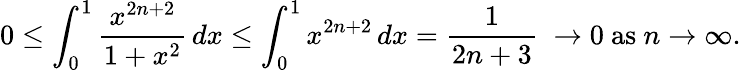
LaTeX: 0\leq\int_{0}^{1}{\frac{x^{2n+2}}{1+x^{2}}}\, dx\leq\int_{0}^{1}x^{2n+2}\, dx={\frac{1}{2n+3}}\; \rightarrow 0{\mathrm{~as~}}n\rightarrow\infty.